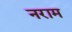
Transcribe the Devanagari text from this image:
नराम